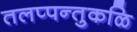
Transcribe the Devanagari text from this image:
तलप्पन्तुकळि